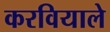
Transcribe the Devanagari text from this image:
करवियाले